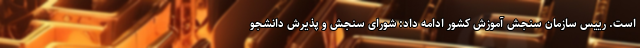
است. رییس سازمان سنجش آموزش کشور ادامه داد: شورای سنجش و پذیرش دانشجو